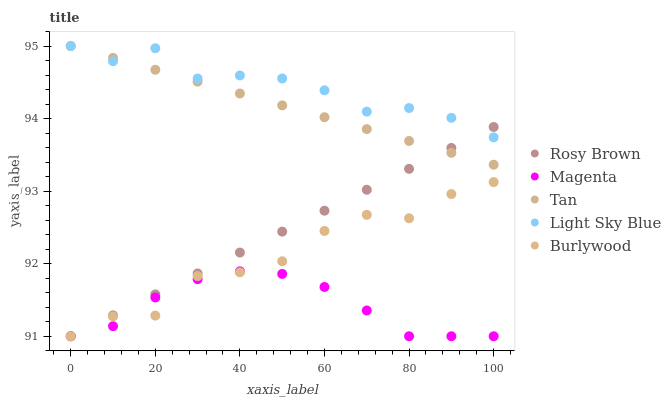
| xaxis_label | Rosy Brown | Magenta | Tan | Light Sky Blue | Burlywood |
 | --- | --- | --- | --- | --- | --- |
 | 0 | 91 | 91 | 95 | 95 | 91 |
 | 10 | 91.3 | 91.1 | 94.8 | 94.8 | 91.3 |
 | 20 | 91.6 | 91.5 | 94.7 | 95 | 91.3 |
 | 30 | 91.9 | 91.8 | 94.5 | 94.6 | 91.8 |
 | 40 | 92.2 | 91.9 | 94.3 | 94.6 | 91.9 |
 | 50 | 92.4 | 91.9 | 94.2 | 94.6 | 92 |
 | 60 | 92.7 | 91.7 | 94 | 94.4 | 92.5 |
 | 70 | 93 | 91.4 | 93.9 | 94.1 | 92.7 |
 | 80 | 93.3 | 91 | 93.7 | 94.1 | 92.6 |
 | 90 | 93.6 | 91 | 93.5 | 94 | 93 |
 | 100 | 93.9 | 91 | 93.4 | 93.7 | 93.1 |